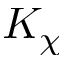
K _ { \chi }